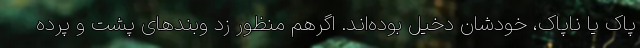
پاک یا ناپاک، خودشان دخیل بوده‌اند. اگرهم منظور زد وبندهای پشت و پرده